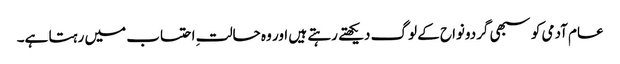
عام آدمی کو سبھی گردونواح کے لوگ دیکھتے رہتے ہیں اور وہ حالتِ احتساب میں رہتا ہے۔